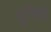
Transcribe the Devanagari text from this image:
यूनिडो